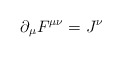
\begin{align*}\partial _\mu F^{\mu \nu }=J^\nu \end{align*}